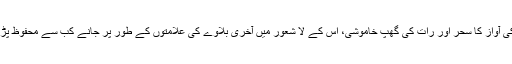
گھنٹی کی آواز کا سحر اور رات کی گھپ خاموشی، اس کے لا شعور میں آخری بلاوے کی علامتوں کے طور پر جانے کب سے محفوظ پڑی تھیں۔